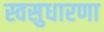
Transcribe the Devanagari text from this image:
स्वसुधारणा